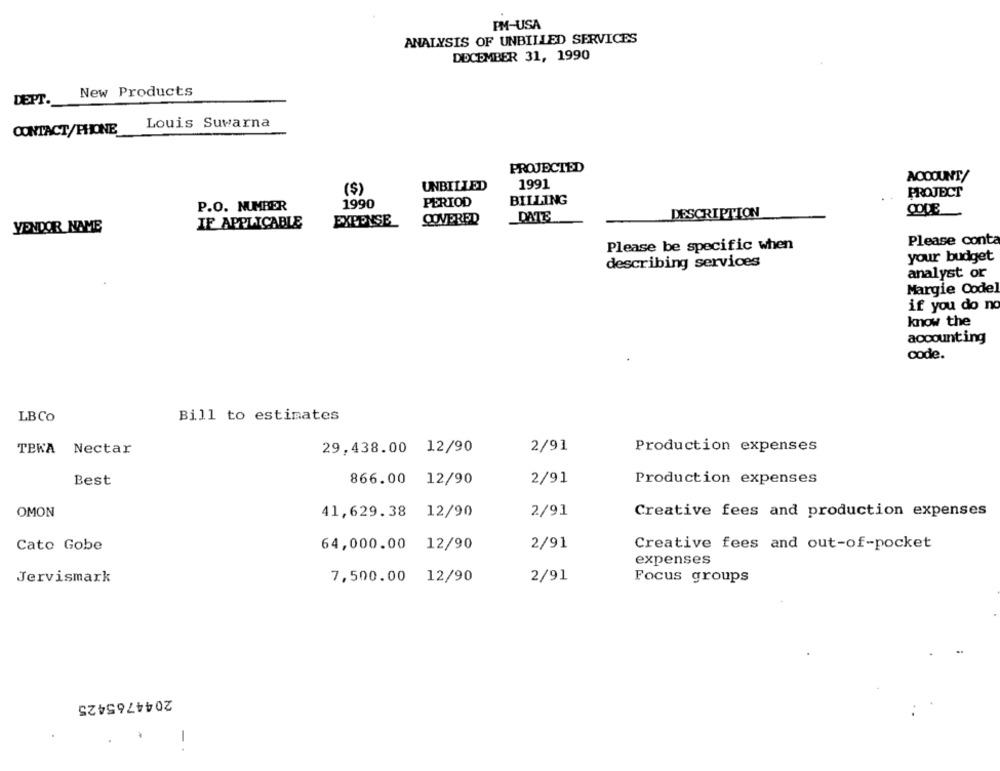
PM-USA
ANALYSIS OF UNBILLED SERVICES
DECEMBER 31, 1990
New Products
DEPT.
Louis Suwarna
CONTACT/PHONE
PROJECTED
1991
NOOOUNT/
($)
UNBILLED
PROJECT
BILLING
P.O. NUMBER
1990
PERIOD
DATE
DESCRIPTION
IF APPLICABLE
EXPENSE
COVERED
VENDOR NAME
Please conta
Please be specific when
describing services
your budget
analyst or
Margie Codel
if you do no
know the
accounting
code.
Bill to estimates
LBCO
2/91
Production expenses
TBWA Nectar
29,438.00 12/90
Best
866.00 12/90
2/91
Production expenses
OMON
41,629.38 12/90
2/91
Creative fees and production expenses
Cato Gobe
64,000.00 12/90
2/91
Creative fees and out-of-pocket
expenses
Jervismark
7,500.00 12/90
2/91
Focus groups
2044765425
-